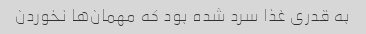
به قدری غذا سرد شده بود که مهمان‌ها نخوردن